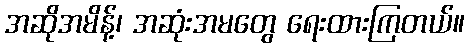
အဆိုအမိန့်၊ အဆုံးအမတွေ ရေးထားကြတယ်။